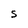
Character: S